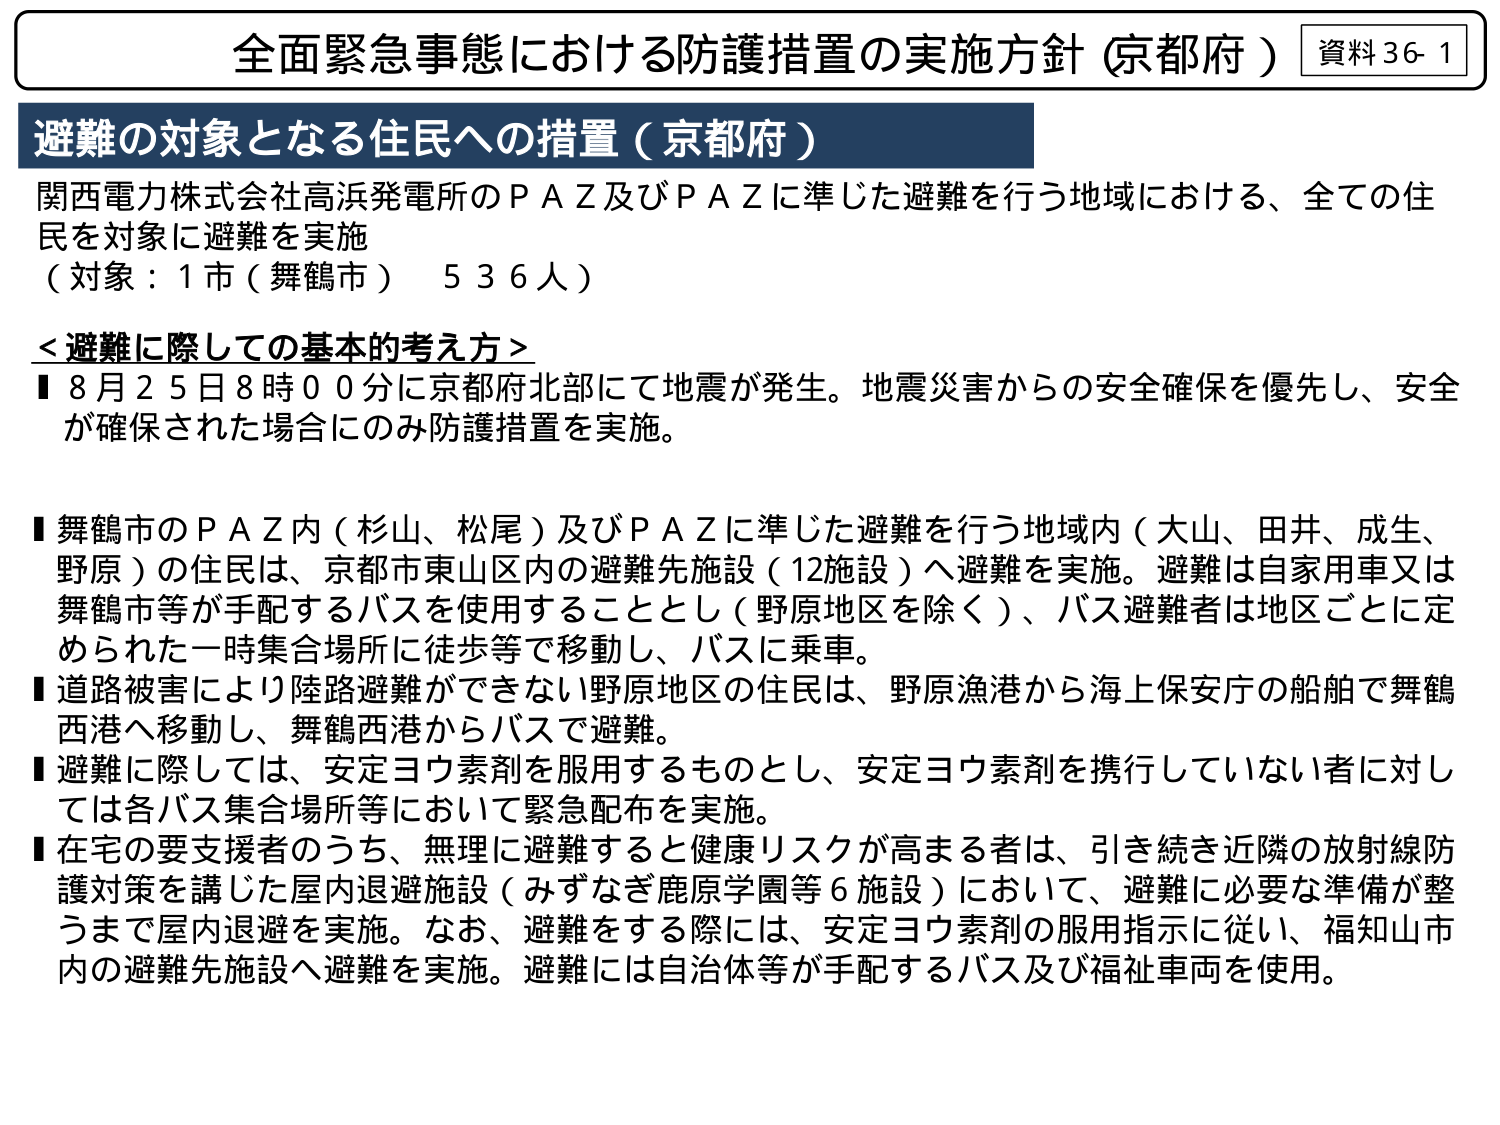
全面緊急事態における防護措置の実施方針（京都府） 資料36-1
避難の対象となる住民への措置（京都府）
関西電力株式会社高浜発電所のＰＡＺ及びＰＡＺに準じた避難を行う地域における、全ての住民を対象に避難を実施
（対象：１市（舞鶴市） ５３６人）
＜避難に際しての基本的考え方＞
■８月２５日８時００分に京都府北部にて地震が発生。地震災害からの安全確保を優先し、安全が確保された場合にのみ防護措置を実施。
■舞鶴市のＰＡＺ内（杉山、松尾）及びＰＡＺに準じた避難を行う地域内（大山、田井、成生、野原）の住民は、京都市東山区内の避難先施設（12施設）へ避難を実施。避難は自家用車又は舞鶴市等が手配するバスを使用することとし（野原地区を除く）、バス避難者は地区ごとに定められた一時集合場所に徒歩等で移動し、バスに乗車。
■道路被害により陸路避難ができない野原地区の住民は、野原漁港から海上保安庁の船舶で舞鶴西港へ移動し、舞鶴西港からバスで避難。
■避難に際しては、安定ヨウ素剤を服用するものとし、安定ヨウ素剤を携行していない者に対しては各バス集合場所等において緊急配布を実施。
■在宅の要支援者のうち、無理に避難すると健康リスクが高まる者は、引き続き近隣の放射線防護対策を講じた屋内退避施設（みずなぎ鹿原学園等６施設）において、避難に必要な準備が整うまで屋内退避を実施。なお、避難をする際には、安定ヨウ素剤の服用指示に従い、福知山市内の避難先施設へ避難を実施。避難には自治体等が手配するバス及び福祉車両を使用。